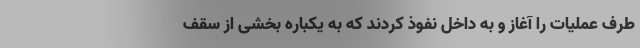
طرف عملیات را آغاز و به داخل نفوذ کردند که به یکباره بخشی از سقف